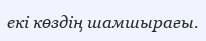
екі көздің шамшырағы.